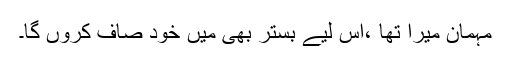
مہمان میرا تھا ،اس لیے بستر بھی میں خود صاف کروں گا۔